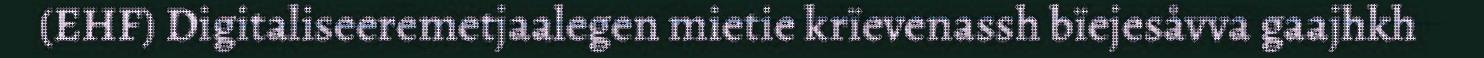
(EHF) Digitaliseeremetjaalegen mietie krïevenassh bïejesåvva gaajhkh